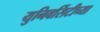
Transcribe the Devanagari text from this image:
युनिवर्सिटीच्या